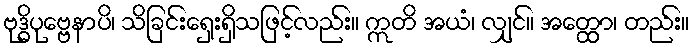
ဗုဒ္ဓိပုဗ္ဗေနာပိ၊ သိခြင်းရှေးရှိသဖြင့်လည်း။ ဣတိ အယံ၊ လျှင်။ အတ္ထော၊ တည်း။